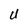
Character: U